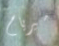
ميريام